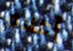
أعلام